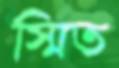
স্মিত